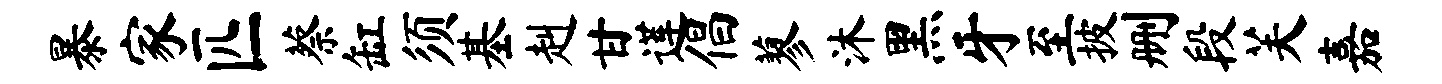
暴家匹蔡缸须基赳甘莲倡蓼沐黑牙至披删段芙嘉